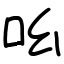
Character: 吆